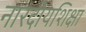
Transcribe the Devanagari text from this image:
नारदीयशिक्षा